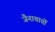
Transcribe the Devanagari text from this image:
जैनाचायों